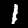
Digit: 1